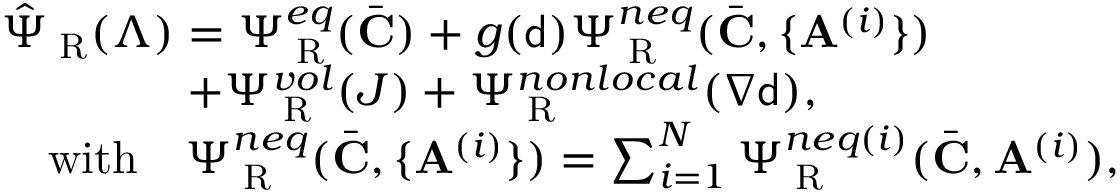
\begin{array} { r l } & { \hat { \Psi } _ { \mathrm { \tiny ~ R } } ( \boldsymbol { \Lambda } ) = \Psi _ { \mathrm { \tiny ~ R } } ^ { e q } ( \bar { \mathbf { C } } ) + g ( { \mathsf { d } } ) \Psi _ { \mathrm { \tiny ~ R } } ^ { n e q } ( \bar { \mathbf { C } } , \{ \mathbf { A } ^ { ( i ) } \} ) } \\ & { \quad \quad \quad \quad + \Psi _ { \mathrm { \tiny ~ R } } ^ { v o l } ( J ) + \Psi _ { \mathrm { \tiny ~ R } } ^ { n o n l o c a l } ( \nabla { \mathsf { d } } ) , } \\ & { \quad \mathrm { w i t h } \quad \Psi _ { \mathrm { \tiny ~ R } } ^ { n e q } ( \bar { \mathbf { C } } , \{ \mathbf { A } ^ { ( i ) } \} ) = \sum _ { i = 1 } ^ { N } \Psi _ { \mathrm { \tiny ~ R } } ^ { n e q ( i ) } ( \bar { \mathbf { C } } , \mathbf { A } ^ { ( i ) } ) , } \end{array}